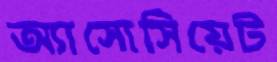
অ্যাসোসিয়েট